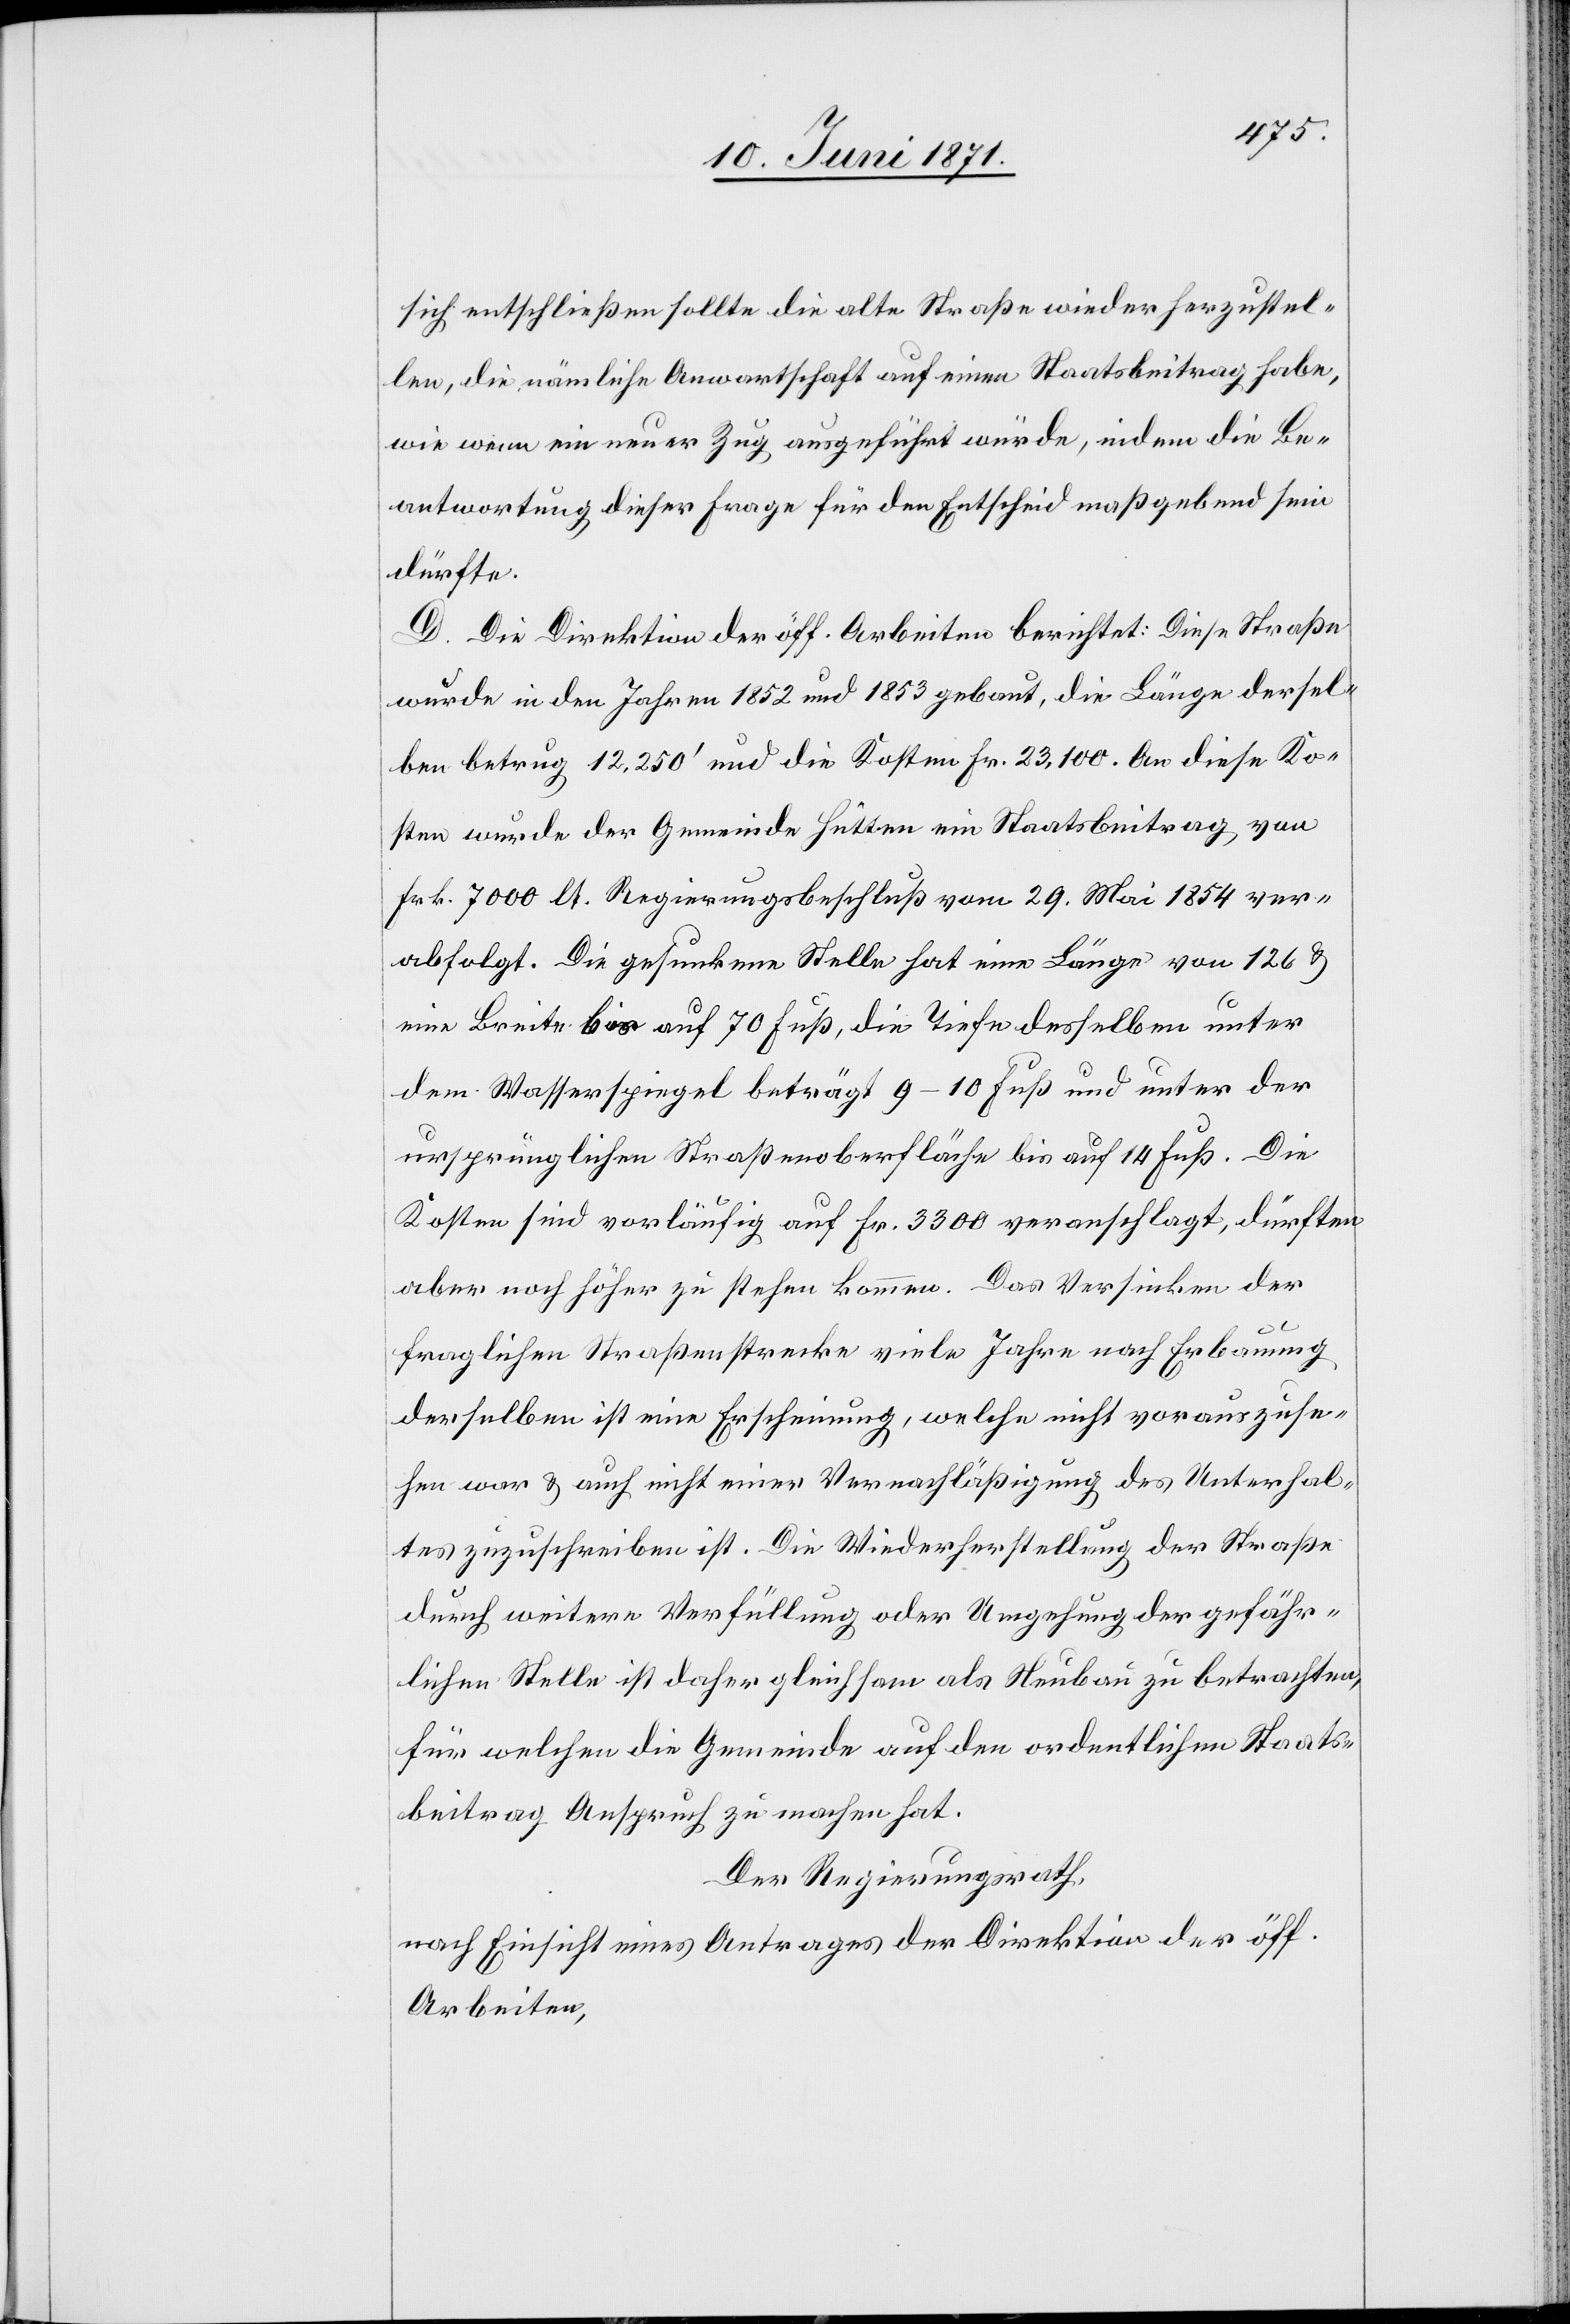
sich entschließen sollte die alte Straße wieder herzustel¬
len, die nämliche Anwartschaft auf einen Staatsbeitrag habe,
wie wenn ein neuer Zug ausgeführt würde, indem die Be¬
antwortung dieser Frage für den Entscheid maßgebend sein
dürft.
D. Die Direktion der öff. Arbeiten berichtet: Diese Straße
wurde in den Jahren 1852 und 1853 gebaut, die Länge dersel¬
ben betrug 12.250‘ und die Kosten Fr. 23,100. An diese Ko¬
sten wurde der Gemeinde Hütten ein Staatsbeitrag von
Frk. 7000 lt. Regierungsbeschluß vom 29. Mai 1854 ver¬
abfolgt. Die gesunkene Stelle hat eine Länge von 126 u.
eine Breite bis auf 70 Fuß, die Tiefe desselben unter
dem Wasserspiegel beträgt 9–10 Fuß und unter der
ursprünglichen Straßenoberfläche bis auf 14 Fuß. Die
Kosten sind vorläufig auf Fr. 3300 veranschlagt, dürften
aber noch höher zu stehen kommen. Das Versinken der
fraglichen Straßenstrecke viele Jahre nach Erbauung
derselben ist eine Erscheinung, welche nicht vorauszuse¬
hen war u. auch nicht einer Vernachläßigung des Unterhal¬
tes zuzuschreiben ist. Die Wiederherstellung der Straße
durch weitere Verfüllung oder Umgehung der gefähr¬
lichen Stelle ist daher gleichsam als Neubau zu betrachten,
für welchen die Gemeinde auf den ordentlichen Staats¬
beitrag Anspruch zu machen hat.
Der Regierungsrath,
nach Einsicht eines Antrages der Direktion der öff.
Arbeiten,